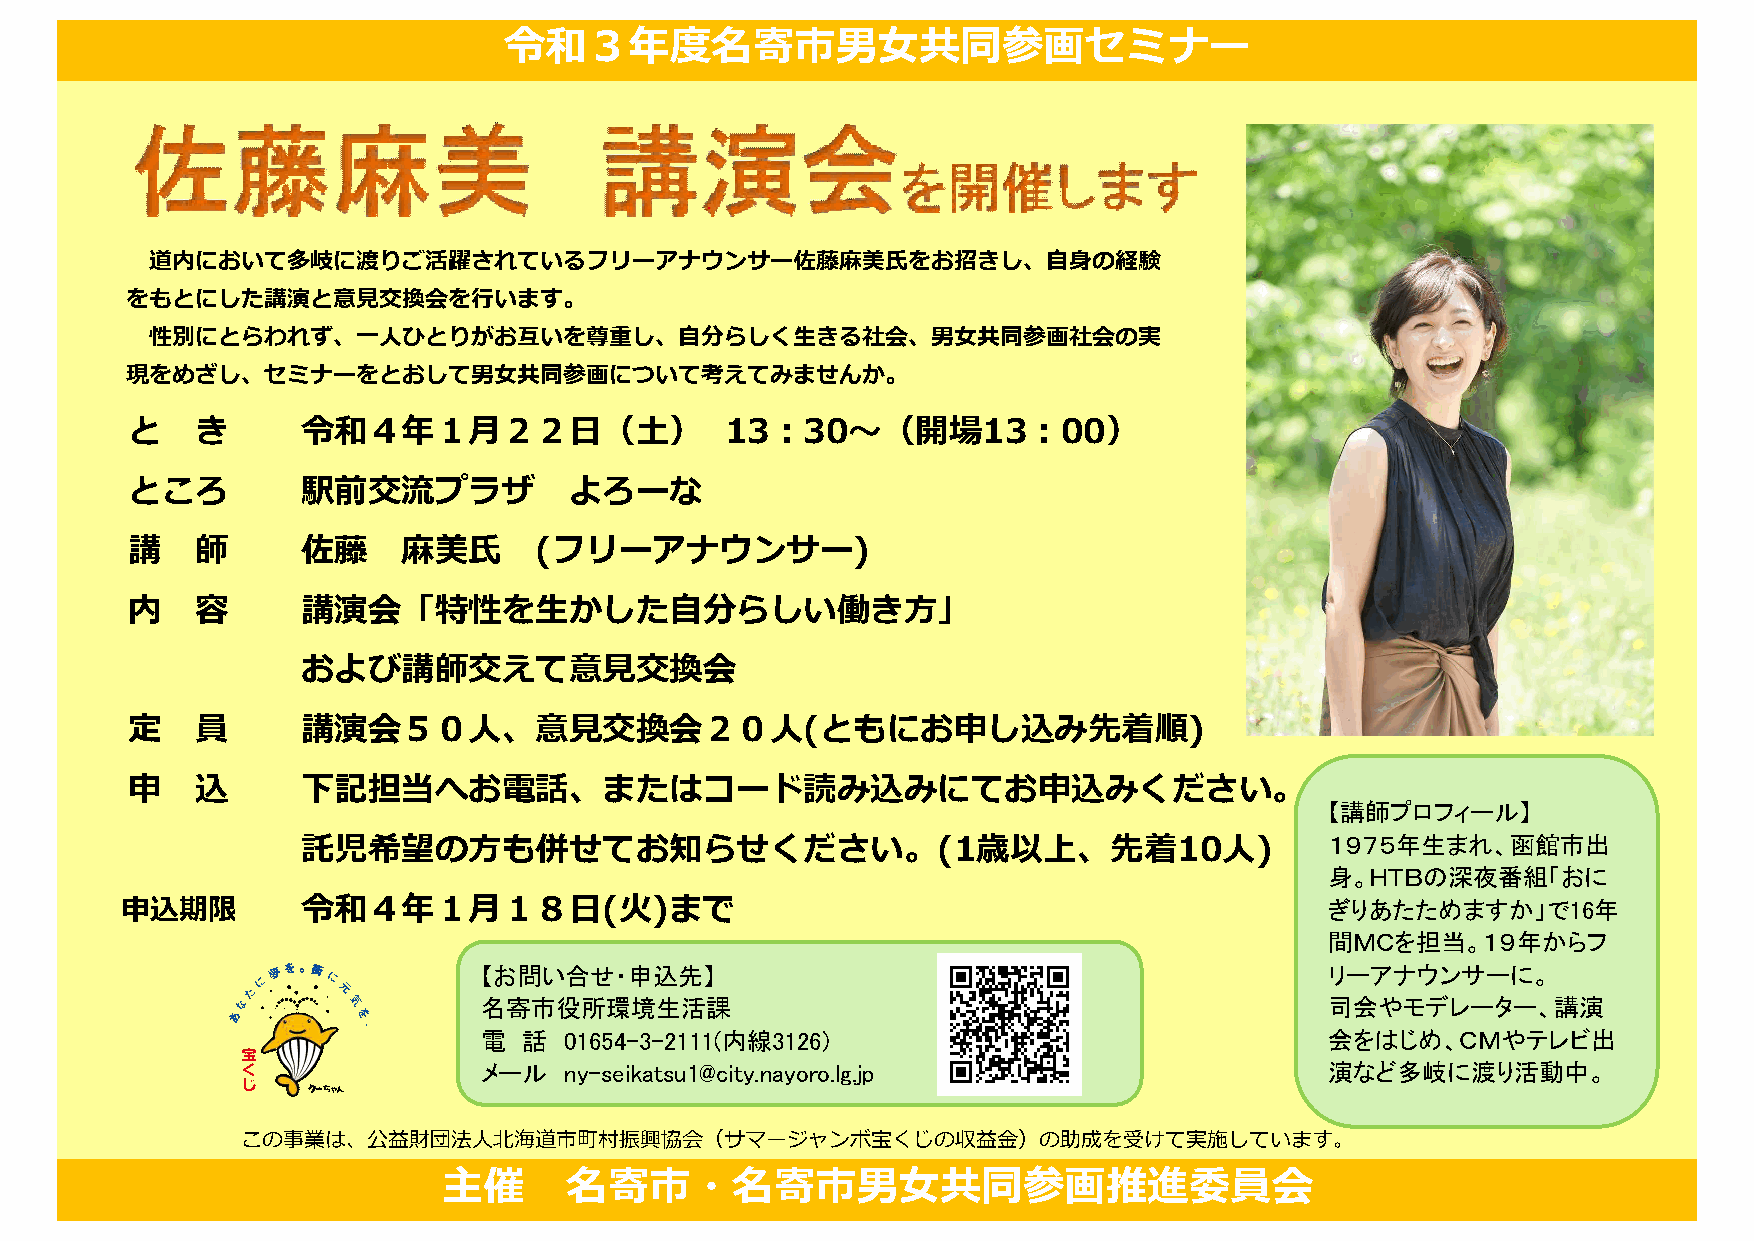
令和３年度名寄市男女共同参画セミナー
 道内において多岐に渡りご活躍されているフリーアナウンサー佐藤麻美氏をお招きし、自身の経験
 をもとにした講演と意見交換会を行います。
 性別にとらわれず、一人ひとりがお互いを尊重し、自分らしく生きる社会、男女共同参画社会の実
 現をめざし、セミナーをとおして男女共同参画について考えてみませんか。
 と    き      令和４年１月２２日（土）                13：30～（開場13：00）
 ところ         駅前交流プラザ           よろーな
 講    師      佐藤     麻美氏     (フリーアナウンサー)
 内    容      講演会「特性を生かした自分らしい働き方」
 および講師交えて意見交換会
 定    員      講演会５０人、意見交換会２０人(ともにお申し込み先着順)
 申    込      下記担当へお電話、またはコード読み込みにてお申込みください。
 【講師プロフィール】
 １９７５年生まれ、函館市出
 託児希望の方も併せてお知らせください。(1歳以上、先着10人)
 身。ＨＴＢの深夜番組「おに
 申込期限        令和４年１月１８日(火)まで                                                      ぎりあたためますか」で16年
 間ＭＣを担当。１９年からフ
 【お問い合せ・申込先】                                             リーアナウンサーに。
 名寄市役所環境生活課                                              司会やモデレーター、講演
 電  話 01654-3-2111(内線3126)                               会をはじめ、ＣＭやテレビ出
 メール  ny-seikatsu1@city.nayoro.lg.jp                     演など多岐に渡り活動中。
 この事業は、公益財団法人北海道市町村振興協会（サマージャンボ宝くじの収益金）の助成を受けて実施しています。
 主催      名寄市・名寄市男女共同参画推進委員会